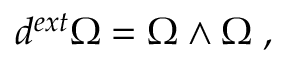
d ^ { e x t } \Omega = \Omega \wedge \Omega \; ,